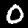
Label: 0